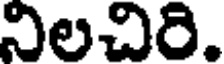
నిలచిరి.